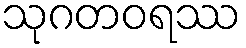
သုဂတဝရဿ